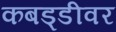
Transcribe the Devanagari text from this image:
कबड्डीवर